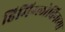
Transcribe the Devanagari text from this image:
हिमिग्लोबिनच्या